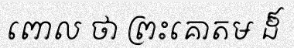
ពោល ថា ព្រះគោតម ដ៏